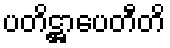
ပတိဋ္ဌာပေတီတိ